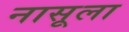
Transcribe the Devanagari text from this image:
नासूला